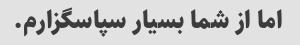
اما از شما بسیار سپاسگزارم.